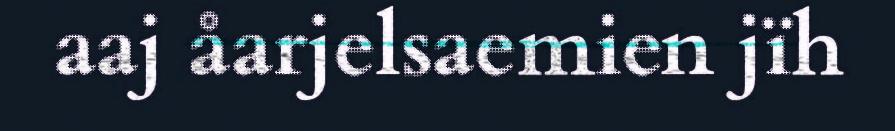
aaj åarjelsaemien jïh